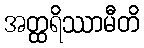
အတ္ထရိဿာမီတိ